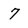
Character: 7